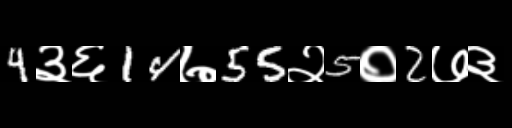
Text: 4३६14७55२5०2७३